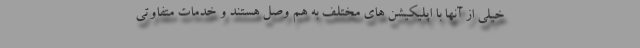
خیلی از آنها با اپلیکیشن های مختلف به هم وصل هستند و خدمات متفاوتی